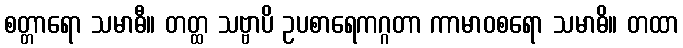
စတ္တာရော သမာဓီ။ တတ္ထ သဗ္ဗာပိ ဥပစာရေကဂ္ဂတာ ကာမာဝစရော သမာဓိ။ တထာ